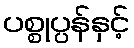
ပစ္စုပ္ပန်နှင့်